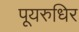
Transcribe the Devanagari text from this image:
पूयरुधिर